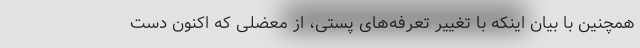
همچنین با بیان اینکه با تغییر تعرفه‌های پستی، از معضلی که اکنون دست